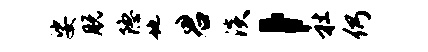
娑脱隐地君淡，社仍